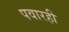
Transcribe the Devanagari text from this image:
पवारही